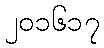
၂၀၁၆၁၇